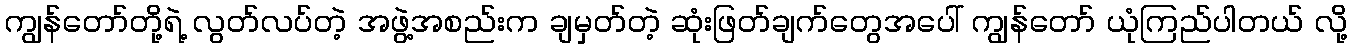
ကျွန်တော်တို့ရဲ့ လွတ်လပ်တဲ့ အဖွဲ့အစည်းက ချမှတ်တဲ့ ဆုံးဖြတ်ချက်တွေအပေါ် ကျွန်တော် ယုံကြည်ပါတယ် လို့